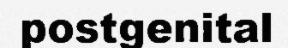
postgenital